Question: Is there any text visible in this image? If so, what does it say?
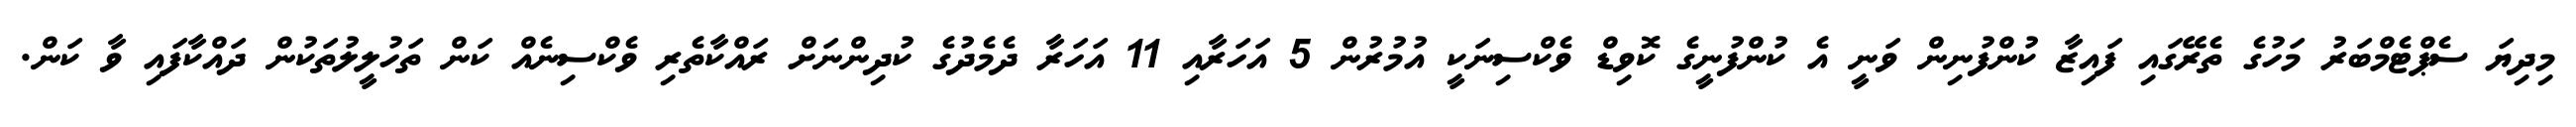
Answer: މިދިޔަ ސެޕްޓެމްބަރު މަހުގެ ތެރޭގައި ފައިޒާ ކުންފުނިން ވަނީ އެ ކުންފުނީގެ ކޮވިޑް ވެކްސިނަކީ އުމުރުން 5 އަހަރާއި 11 އަހަރާ ދެމެދުގެ ކުދިންނަށް ރައްކާތެރި ވެކްސިނެއް ކަން ތަހުލީލުތަކުން ދައްކާފައި ވާ ކަން.